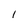
Character: 1